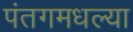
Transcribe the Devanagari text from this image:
पंतगमधल्या